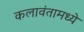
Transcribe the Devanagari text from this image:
कलावंतामध्ये